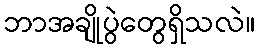
ဘာအချိုပွဲတွေရှိသလဲ။